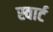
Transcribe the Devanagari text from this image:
स्वार्ट